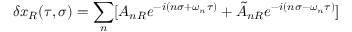
\delta x _ { R } ( \tau , \sigma ) = \sum _ { n } [ A _ { n R } e ^ { - i ( n \sigma + \omega _ { n } \tau ) } + \tilde { A } _ { n R } e ^ { - i ( n \sigma - \omega _ { n } \tau ) } ]